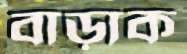
বাড়াক